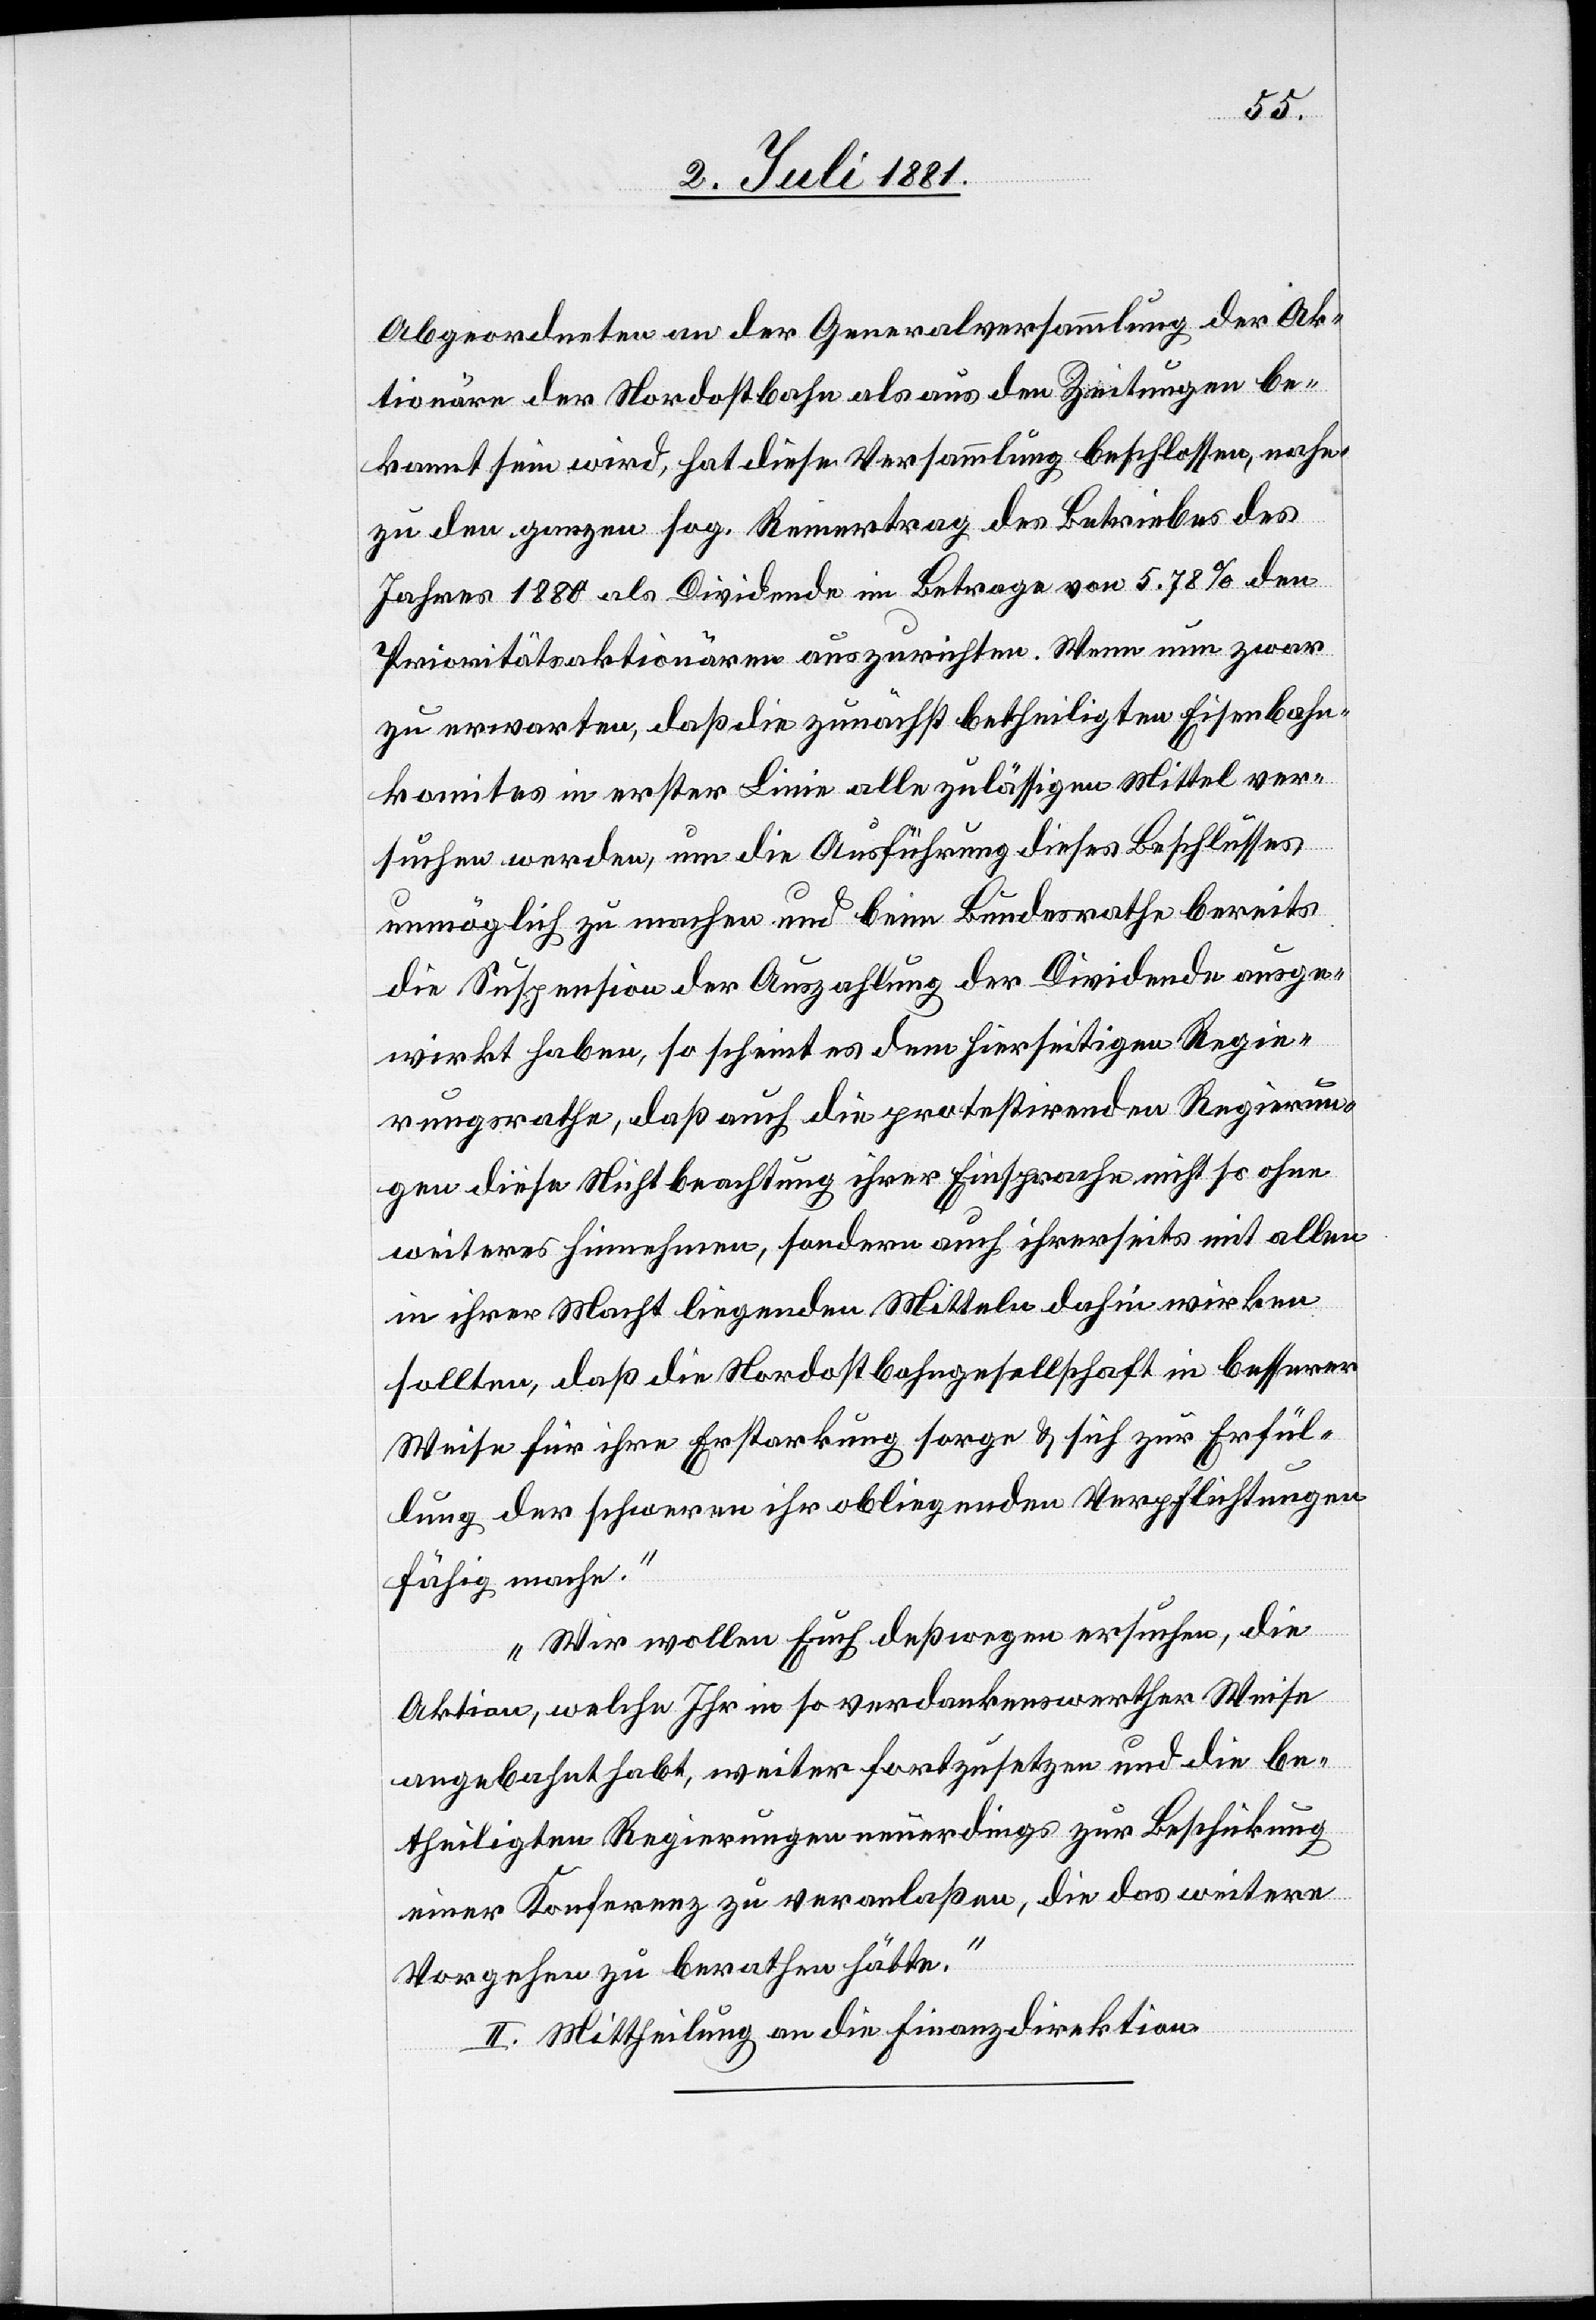
Abgeordneten an der Generalversammlung der Ak¬
tionäre der Nordostbahn als aus den Zeitungen be¬
kannt sein wird, hat diese Versammlung beschlossen, nahe¬
zu den ganzen sog. Reinertrag des Betriebes des
Jahres 1880 als Dividende im Betrage von 5.78% den
Priotritätsaktionären auszurichten. Wenn nun zwar
zu erwarten, daß die zunächst betheiligten Eisenbahn¬
komites in erster Linie alle zulässigen Mittel ver¬
suchen werden, um die Ausführung dieses Beschlusses
unmöglich zu machen und beim Bundesrathe bereits
die Suspension der Auszahlung der Dividende ausge¬
wirkt haben, so scheint es dem hierseitigen Regie¬
rungsrathe, daß auch die protestirenden Regierun¬
gen diese Nichtbeachtung ihrer Einsprache nicht so ohne
weiteres hinnehmen, sondern auch ihrerseits mit allen
in ihrer Macht liegenden Mitteln dahin wirken
sollten, daß die Nordostbahngesellschaft in besserer
Weise für ihre Erstarkung sorge & sich zur Erfül¬
lung der schweren ihr obliegenden Verpflichtungen
fähig mache.
Wir wollen Euch deßwegen ersuchen, die
Aktion, welche Ihr in so verdankenswerther Weise
angebahnt habt, weiter fortzusetzen und die be¬
theiligten Regierungen neuerdings zur Beschickung
einer Konferenz zu veranlaßen, die das weitere
Vorgehen zu berathen hätte.“
II. Mittheilung an die Finanzdirektion.